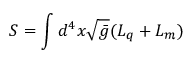
S = \int d ^ { 4 } x \sqrt { \bar { g } } ( { \cal { L } } _ { q } + { \cal { L } } _ { m } )